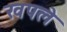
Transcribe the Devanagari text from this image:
खपले